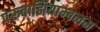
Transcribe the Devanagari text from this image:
पेरूवाझियाम्बलम